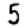
Digit: 5